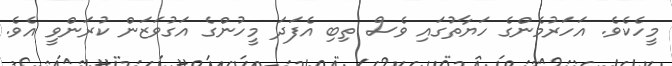
މީހެކެވެ. އަހަރުމެންގެ ހަޔާތުގައި ވެސް ތިބި އެފަދަ މީހުންގެ އަގުވަޒަން ކުރަންވީ އެވެ.